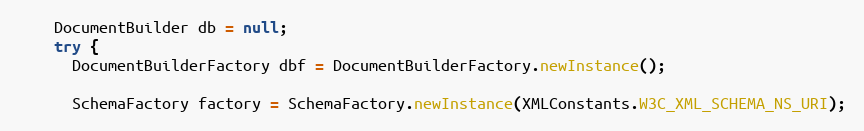
Language: Java
    DocumentBuilder db = null;
    try {
      DocumentBuilderFactory dbf = DocumentBuilderFactory.newInstance();

      SchemaFactory factory = SchemaFactory.newInstance(XMLConstants.W3C_XML_SCHEMA_NS_URI);